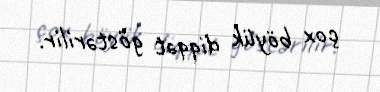
çox böyük diqqət göstərilir.